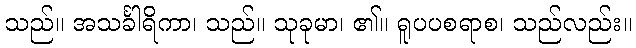
သည်။ အသင်္ခါရိကာ၊ သည်။ သုခုမာ၊ ၏။ ရူပပစရာစ၊ သည်လည်း။